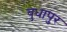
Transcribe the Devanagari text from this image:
बुधापुर